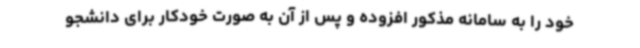
خود را به سامانه مذکور افزوده و پس از آن به صورت خودکار برای دانشجو